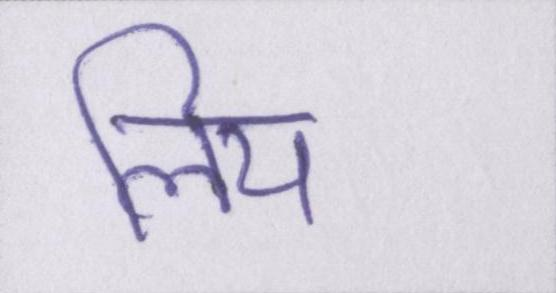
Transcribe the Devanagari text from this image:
लिय